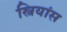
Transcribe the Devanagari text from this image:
स्त्रियांस